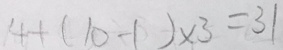
4 + ( 1 0 - 1 ) \times 3 = 3 1